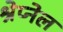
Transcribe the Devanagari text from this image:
श्रेप्नेल